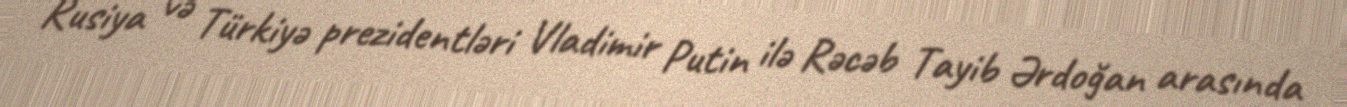
Rusiya və Türkiyə prezidentləri Vladimir Putin ilə Rəcəb Tayib Ərdoğan arasında